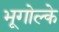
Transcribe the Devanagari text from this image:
भूगोल्के